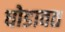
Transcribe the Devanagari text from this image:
घोडावत